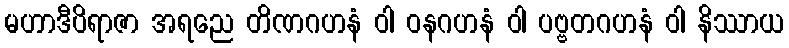
မဟာဒီပိရာဇာ အရညေ တိဏဂဟနံ ဝါ ဝနဂဟနံ ဝါ ပဗ္ဗတဂဟနံ ဝါ နိဿာယ